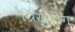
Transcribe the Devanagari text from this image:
ग्रिख्टींग